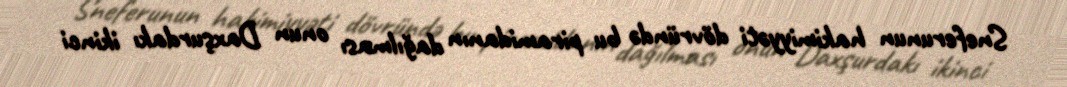
Sneferunun hakimiyyəti dövründə bu piramidanın dağılması onun Daxşurdakı ikinci